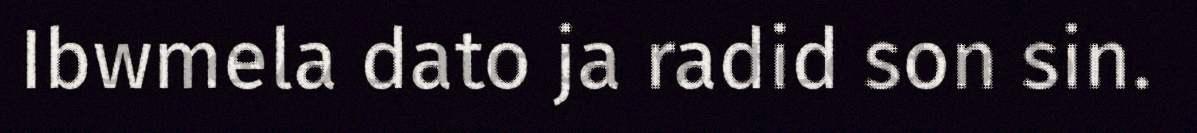
Ibwmela dato ja radid son sin.